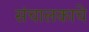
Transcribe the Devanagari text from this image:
संचालकाचे